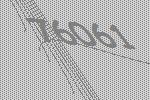
76061